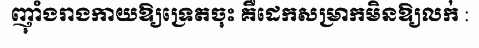
ញ៉ាំងរាងកាយឱ្យទ្រេតចុះ គឺដេកសម្រាកមិនឱ្យលក់ :